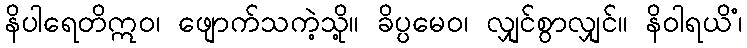
နိပါရေတိဣဝ၊ ဖျောက်သကဲ့သို့။ ခိပ္ပမေဝ၊ လျှင်စွာလျှင်။ နိဝါရယိံ၊